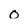
Character: o